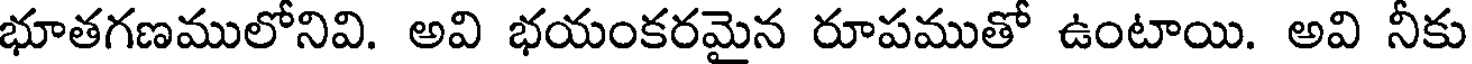
భూతగణములోనివి. అవి భయంకరమైన రూపముతో ఉంటాయి. అవి నీకు